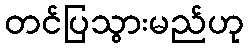
တင်ပြသွားမည်ဟု